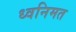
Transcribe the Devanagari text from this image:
ध्वनिमत